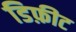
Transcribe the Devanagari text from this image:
डिफ़ीट